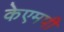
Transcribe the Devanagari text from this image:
केएमपी